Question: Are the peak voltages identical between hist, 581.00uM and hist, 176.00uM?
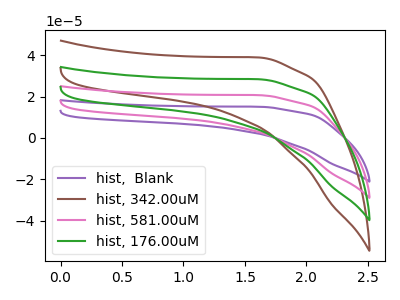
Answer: <think>The purple curve "hist,  Blank" has no peaks. The brown curve "hist, 342.00uM" has no peaks. The pink curve "hist, 581.00uM" has no peaks. The green curve "hist, 176.00uM" has no peaks.</think>
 <answer>Niether CV has any peaks.</answer>
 <eval>blanks</eval>